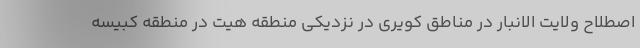
اصطلاح ولایت الانبار در مناطق کویری در نزدیکی منطقه هیت در منطقه کبیسه